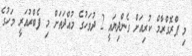
މި ޕްރޮގްރާމް ކުރިއަށް ގެންދިޔައީ 2 ދުވަހުގެ މުއްދަތަށް މި ފެބްރުއަރީ މަހުގެ